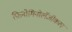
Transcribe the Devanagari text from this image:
फ़िनोमिनोलॅजीकल